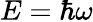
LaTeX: E=\hbar\omega